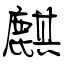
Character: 麒